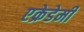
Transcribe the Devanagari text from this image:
एक्रेडेमी